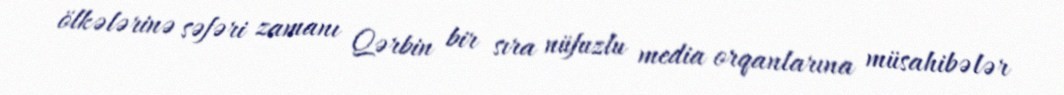
ölkələrinə səfəri zamanı Qərbin bir sıra nüfuzlu media orqanlarına müsahibələr